Vaccination report Assam 1874-1896 - 1874-1896
Year: 1874
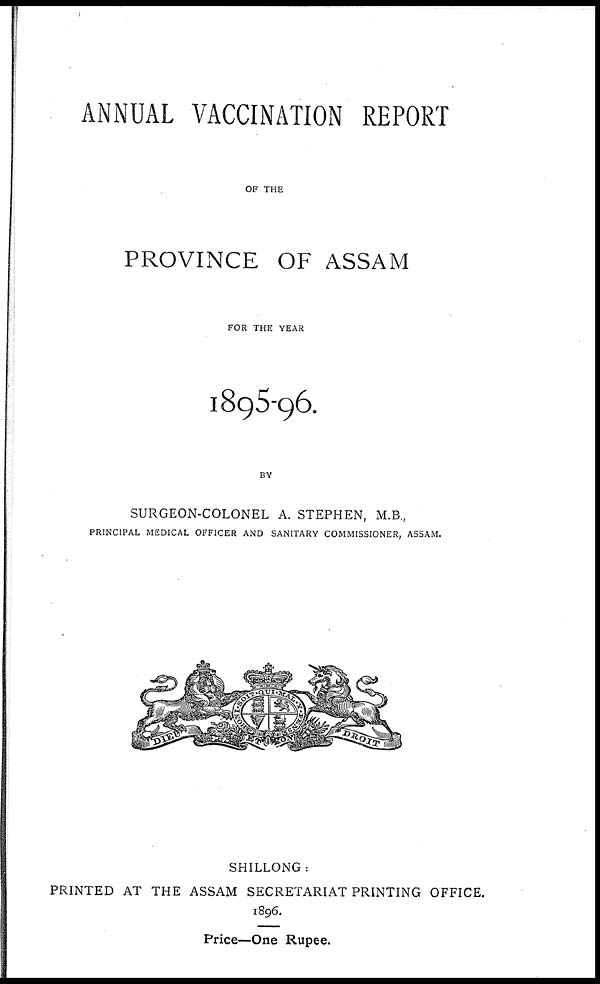
ANNUAL VACCINATION REPORT
OF THE
PROVINCE OF ASSAM
FOR THE YEAR
1895-96.
BY
SURGEON-COLONEL A. STEPHEN, M.B.,
PRINCIPAL MEDICAL OFFICER AND SANITARY COMMISSIONER, ASSAM.
SHILLONG :
PRINTED AT THE ASSAM SECRETARIAT PRINTING OFFICE.
1896.
Price—One Rupee.